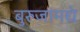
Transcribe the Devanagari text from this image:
बुरुजांमधे